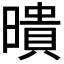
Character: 𭧫